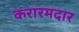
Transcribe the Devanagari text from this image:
करारमदार